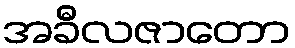
အခီလဇာတော